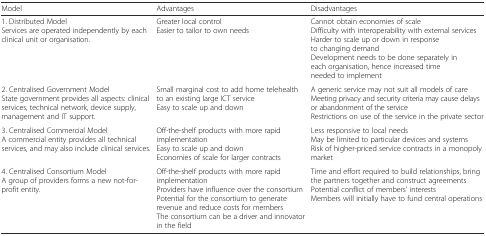
| Model | Advantages | Disadvantages |
 | --- | --- | --- |
 | 1. Distributed ModelServices are operated independently by each clinical unit or organisation. | Greater local controlEasier to tailor to own needs | Cannot obtain economies of scaleDifficulty with interoperability with external servicesHarder to scale up or down in response to changing demandDevelopment needs to be done separately in each organisation, hence increased time needed to implement |
 | 2. Centralised Government ModelState government provides all aspects: clinical services, technical network, device supply, management and IT support. | Small marginal cost to add home telehealth to an existing large ICT serviceEasy to scale up and down | A generic service may not suit all models of careMeeting privacy and security criteria may cause delays or abandonment of the serviceRestrictions on use of the service in the private sector |
 | 3. Centralised Commercial ModelA commercial entity provides all technical services, and may also include clinical services. | Off-the-shelf products with more rapid implementationEasy to scale up and downEconomies of scale for larger contracts | Less responsive to local needsMay be limited to particular devices and systemsRisk of higher-priced service contracts in a monopoly market |
 | 4. Centralised Consortium ModelA group of providers forms a new not-for-profit entity. | Off-the-shelf products with more rapid implementationProviders have influence over the consortiumPotential for the consortium to generate revenue and reduce costs for membersThe consortium can be a driver and innovator in the field | Time and effort required to build relationships, bring the partners together and construct agreementsPotential conflict of members’ interestsMembers will initially have to fund central operations |